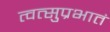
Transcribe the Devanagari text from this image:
त्वत्सुप्रभातं